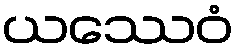
ယဿေဝံ